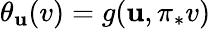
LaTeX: \theta_{\mathbf{u}}(v)=g(\mathbf{u},\pi_{*}v)